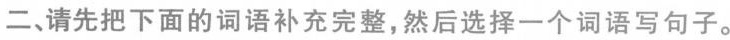
二、请先把下面的词语补充完整，然后选择一个词语写句子。